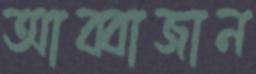
আব্বাজান